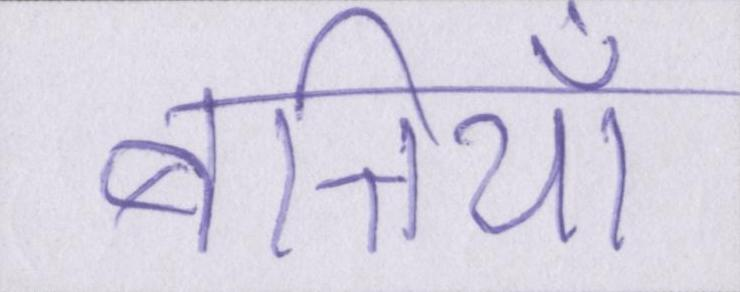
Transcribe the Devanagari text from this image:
बत्तियाँ